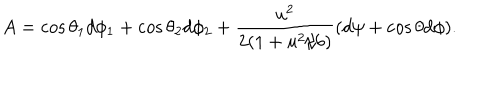
A = \cos { \theta _ { 1 } } d \phi _ { 1 } + \cos { \theta _ { 2 } } d \phi _ { 2 } + { \frac { u ^ { 2 } } { 2 ( 1 + u ^ { 2 } / 6 ) } } ( d \psi + \cos \theta d \phi ) .